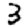
Digit: 3